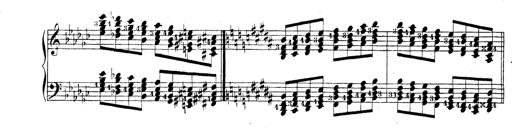
Title: Technische Studien
Composer: Franz Liszt